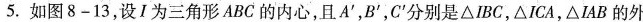
5. 如图8-13，设I为三角形ABC的内心，且A^{\prime}，B^{\prime}，C^{\prime}分别是△IBC，△ICA，△IAB的外